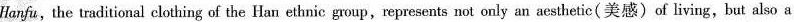
Hanfu,the traditional clothing of the Han ethnic group,represents hot only an aesthetic(美感) of living,but also a